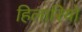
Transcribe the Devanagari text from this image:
हिलारियो